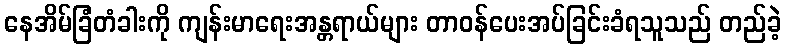
နေအိမ်ခြံတံခါးကို ကျန်းမာရေးအန္တရာယ်များ တာဝန်ပေးအပ်ခြင်းခံရသူသည် တည်ခဲ့